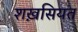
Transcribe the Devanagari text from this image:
शख़सियत